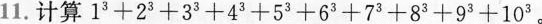
11.计 算$$1 ^ { 3 } + 2 ^ { 3 } +3 ^ { 3 } + 4 ^ { 3 } + 5 ^ { 3 } + 6 ^ { 3 } + 7 ^ { 3 } + 8 ^ { 3 } + 9 ^ { 3 } + 1 0 ^ { 3 }$$ 。